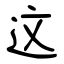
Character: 这